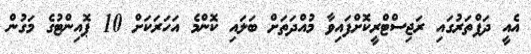
އެއީ ދަފްތަރުގައި ރަޖިސްޓްރީކޮށްފައިވާ މުއްދަތަށް ބަލައި ކޮންމެ އަހަރަކަށް 10 ޕޮއިންޓުގެ މަގުން